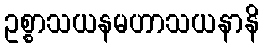
ဥစ္စာသယနမဟာသယနာနိ